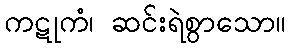
ကဋုကံ၊ ဆင်းရဲစွာသော။